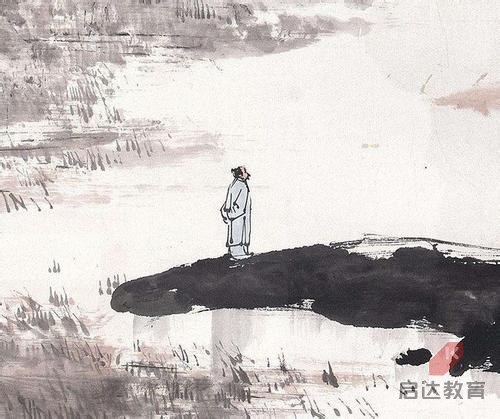
晨起动征铎，客行悲故乡。